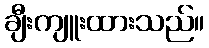
ချီးကျူးထားသည်။